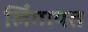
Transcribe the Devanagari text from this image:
लिँगायत